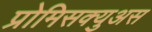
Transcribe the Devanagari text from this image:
प्रोमिसक्युअस